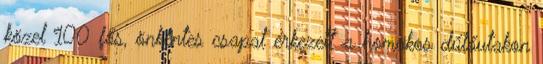
közel 100 fős, önkéntes csapat érkezett a homokos dűlőutakon